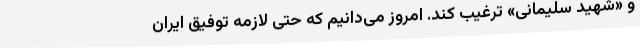
و «شهید سلیمانی» ترغیب کند. امروز می‌دانیم که حتی لازمهٔ توفیق ایران